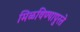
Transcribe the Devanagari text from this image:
मिळविण्यापुरते